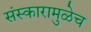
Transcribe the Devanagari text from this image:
संस्कारामुळेच